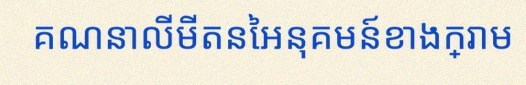
គណនាលីមីតនៃអនុគមន៍ខាងក្រោម